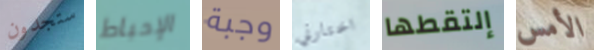
ستجدون الإحباط وجبة اختارني إلتقطها الأمس